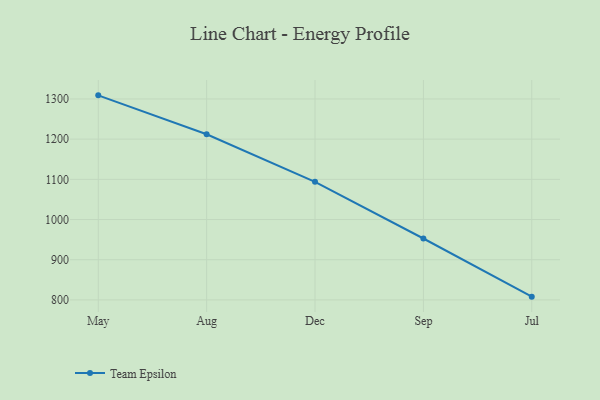
{"axis": {"x": "Month", "y": "Operating Costs (USD K)"}, "legend": ["Team Epsilon"], "data": [{"x": "May", "y": 1309.0, "type": "Team Epsilon"}, {"x": "Aug", "y": 1212.3, "type": "Team Epsilon"}, {"x": "Dec", "y": 1093.7, "type": "Team Epsilon"}, {"x": "Sep", "y": 952.8, "type": "Team Epsilon"}, {"x": "Jul", "y": 808.1, "type": "Team Epsilon"}]}